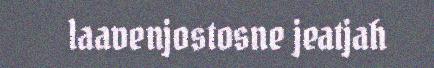
laavenjostosne jeatjah